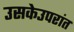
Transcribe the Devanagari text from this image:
उसकेउपरांत